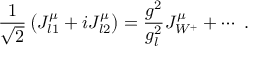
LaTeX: \frac { 1 } { \sqrt { 2 } } \left( J _ { l 1 } ^ { \mu } + i J _ { l 2 } ^ { \mu } \right) = \frac { g ^ { 2 } } { g _ { l } ^ { 2 } } J _ { W ^ { + } } ^ { \mu } + \cdots \ .